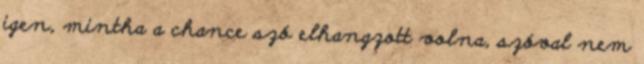
igen, mintha a chance szó elhangzott volna, szóval nem